Riigikantselei, lk 22
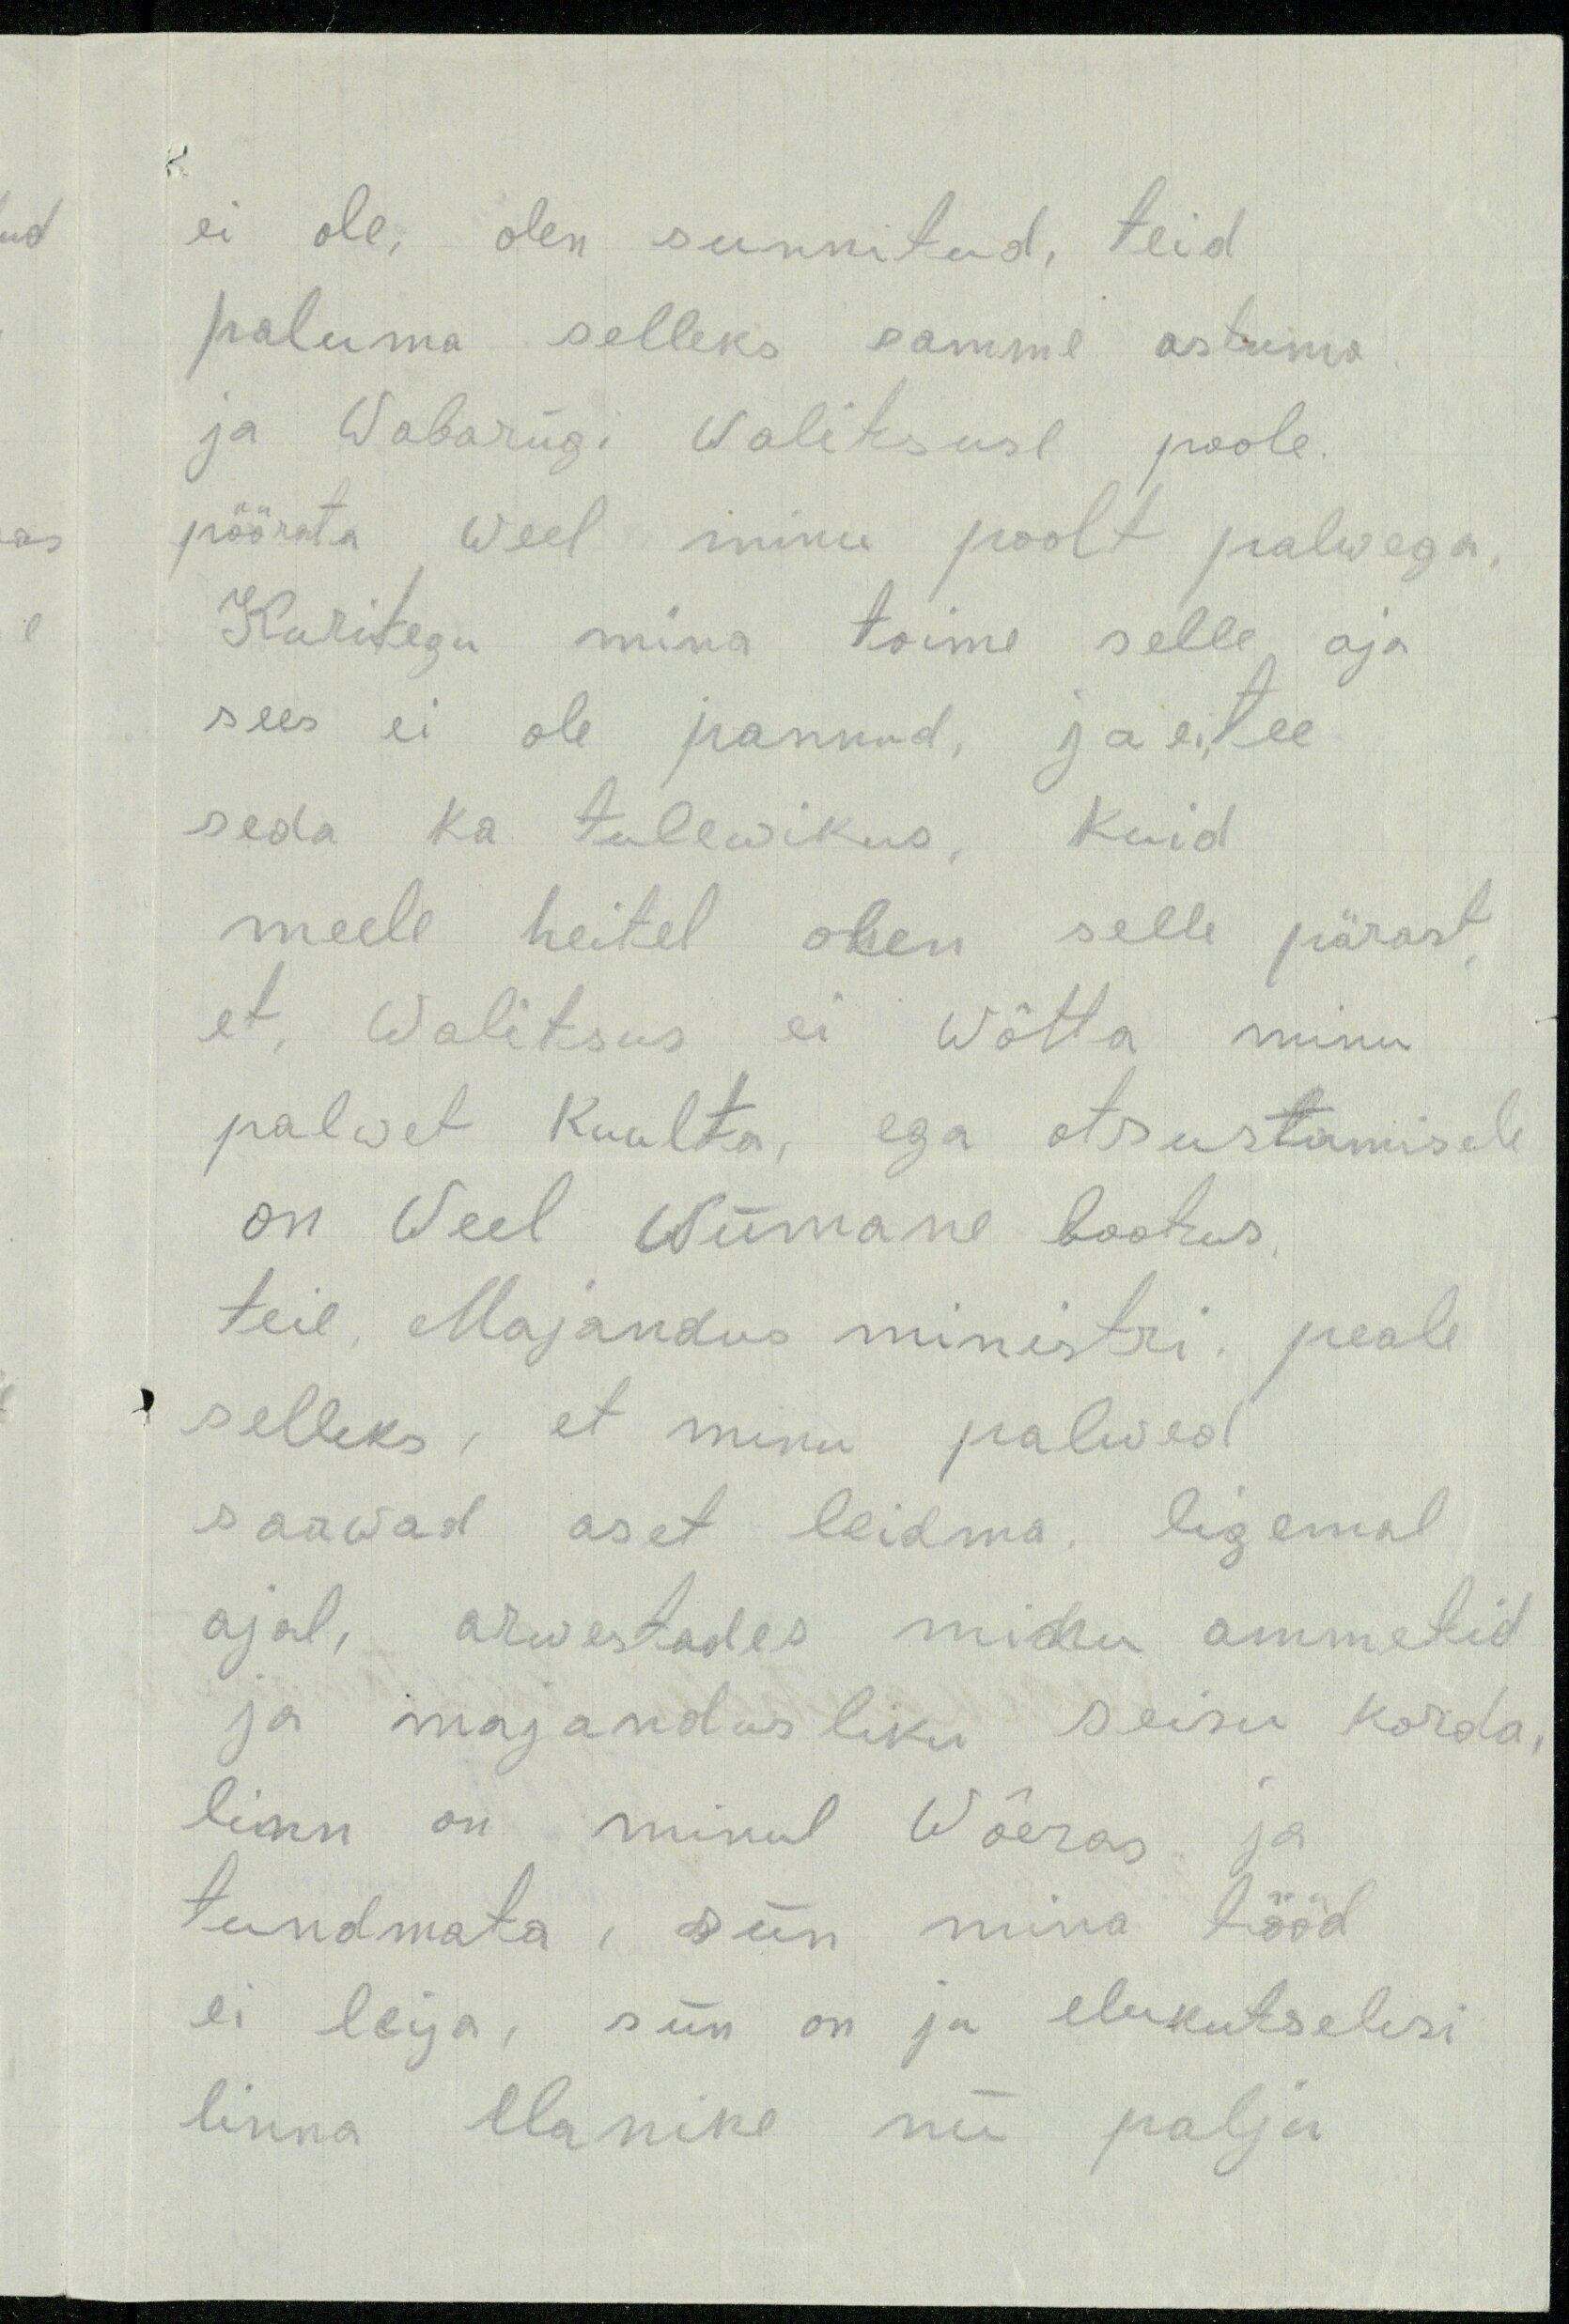
ei ole, olen sunnitud, teid
paluma selleks samme astuma
ja Wabariigi Walitsuse poole.
pöörata weel minu poolt palwega,
Kuritegu mina toime selle aja
sees ei ole pannud, ja ei tee
seda ka tulewikus, kuid
meele heitel olen selle pärast
et, Walitsus ei wõtta minu
palwet kuulta, ega otsustamisele
on weel wiimane lootus.
teie, Majandus ministri, peale
selleks, et minu palwed
saawad aset leidma, ligemal
ajal, arwestades minu ammetid
ja majandusliku seisu korda,
linn on minul Wõeras ja
tundmata, siin mina tööd
ei leija, siin on ja elukutselisi
linna elanike nii palju